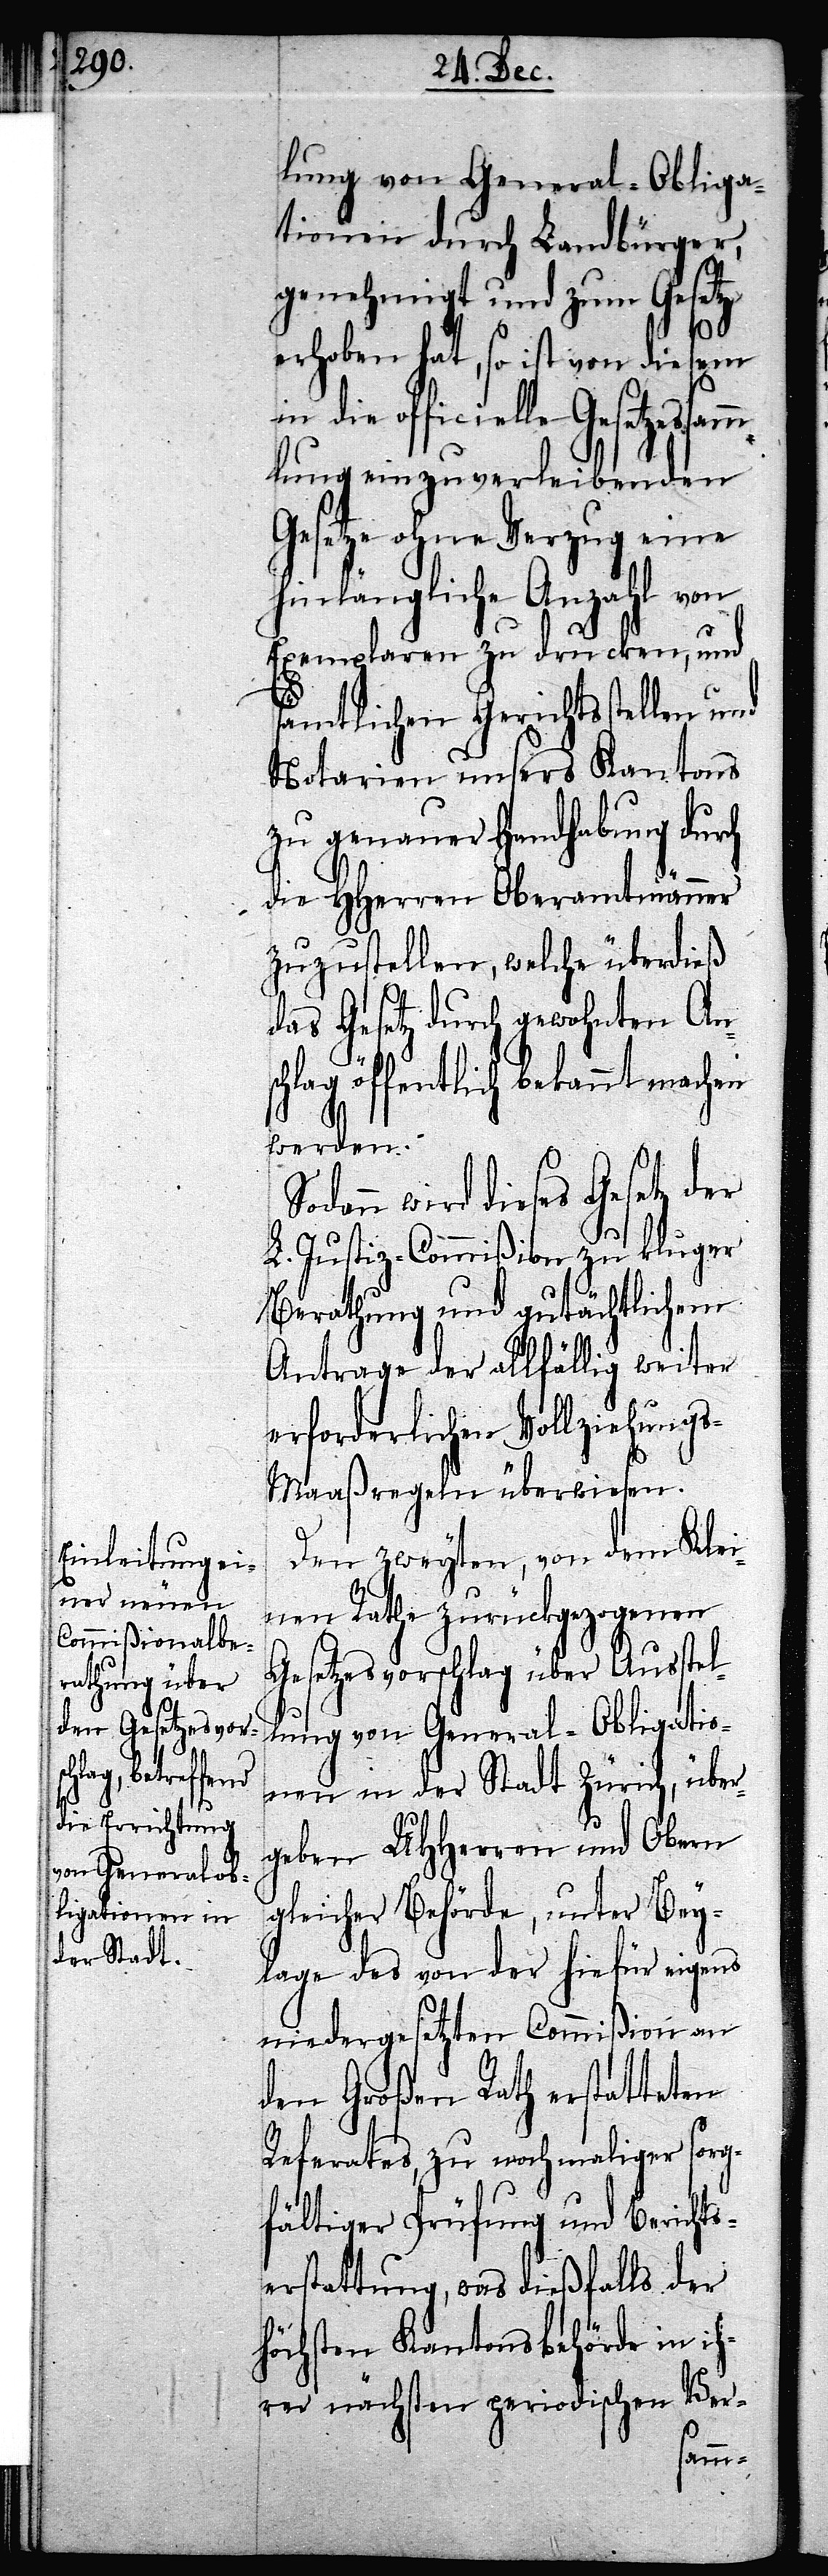
lung von General-Obliga¬
tionen durch Landbürger,
genehmigt und zum Gesetze
erhoben hat, so ist von diesem
officielle Gesetzes¬
lung einzuverleibenden
Gesetze ohne Verzug eine
hinlängliche Anzahl von
Exemplaren zu drucken, und
sämtlichen Gerichtsstellen und
Notarien unsers Kantons
zu genauer Handhabung durch
die HHerren Oberamtmänner
zuzustellen, welche überdieß
das Gesetz durch gewohnten Ans¬
chlag öffentlich bekannt machen
werden.
wird dieses Gesetz der
L. Justiz-Commißion, zu kluger
Berathung und gutächtlichem
Antrage der allfällig weiter
erforderlichen Vollziehung¬
s-Maaßregeln überwiesen.
Den zweyten, von dem Klei¬
nen Rathe zurückgezogenen
Gesetzesvorschlag über Ausstel¬
lung von General-Obligatio¬
nen in der Stadt Zürich, über¬
geben UHHerren und Obern
gleicher Behörde, unter Bey¬
lage des von der hiefür eigens
niedergesetzten Commißion an
den Großen Rath erstatteten
Referates, zu nochmaliger sorg¬
fältiger Prüfung und Bericht¬
erstattung, was dießfalls der
höchsten Kantonsbehörde in ih¬
rer nächsten periodischen Ver-
samm¬